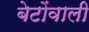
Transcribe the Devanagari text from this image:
बेटोंवाली